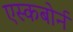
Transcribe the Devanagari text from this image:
एस्कबोर्न